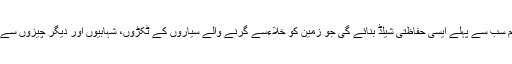
یہ خلائی قوم سب سے پہلے ایسی حفاظتی شیلڈ بنائے گی جو زمین کو خلاءسے گرنے والے سیاروں کے ٹکڑوں، شہابیوں اور دیگر چیزوں سے بچائے گی۔